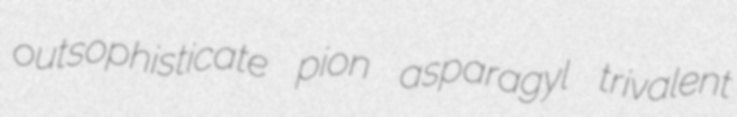
outsophisticate pion asparagyl trivalent